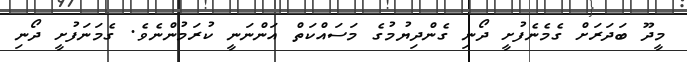
މީދޫ ބަދަރަށް ގެމެނެފުށީ ދޯނި ގެންދިޔުމުގެ މަސައްކަތް އަންނަނީ ކުރަމުންނެވެ. ގެމަނަފުށީ ދޯނި